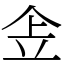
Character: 𠈔